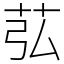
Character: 苰